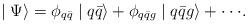
LaTeX: \begin{align*}\mid \Psi \rangle = \phi_{q\bar{q}} \mid q\bar{q} \rangle +\phi_{q\bar{q}g} \mid q\bar{q}g \rangle + \cdot\cdot\cdot.\end{align*}